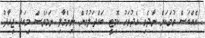
އެއްބަސް ވުމަކަށް ނާދެވި އެދުވަހު ކޮމިޓީ ބައްދަލުވުން ނިންމާލި ނަމަވެސް މިއަދު ޖިހާދު